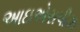
આઇએસપીઝ